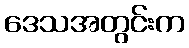
ဒေသအတွင်းက